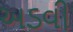
અડવી